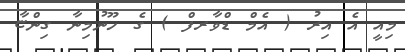
މިއީ އެ އިރު ( އެމް ޑްވާރފް ) ގެ ހޫނުމިނާ ގިންޏާ